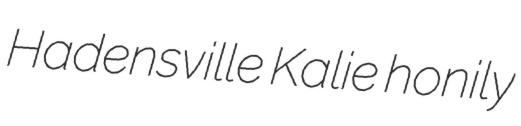
Hadensville Kalie honily